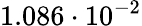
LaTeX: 1.086\cdot 10^{-2}